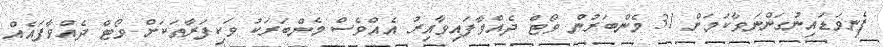
ފެނިވަޑައިނުގަންނަވާކަމަށް 31 މެންބަރުން ވޯޓް ދެއްވާފައިވާއިރު އެއްވެސް މެންބަރަކު ވަކިފަރާތަކަށް ވޯޓް ދެއްވާފައެއް